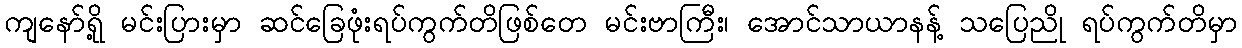
ကျနော်ရို့ မင်းပြားမှာ ဆင်ခြေဖုံးရပ်ကွက်တိဖြစ်တေ မင်းဗာကြီး၊ အောင်သာယာနန့် သပြေညို ရပ်ကွက်တိမှာ